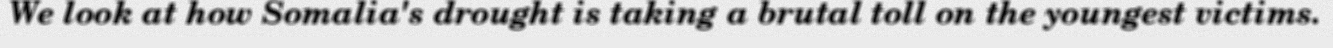
We look at how Somalia's drought is taking a brutal toll on the youngest victims.